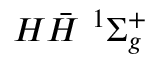
{ H } \bar { H } \ ^ { 1 } { \Sigma _ { g } ^ { + } }